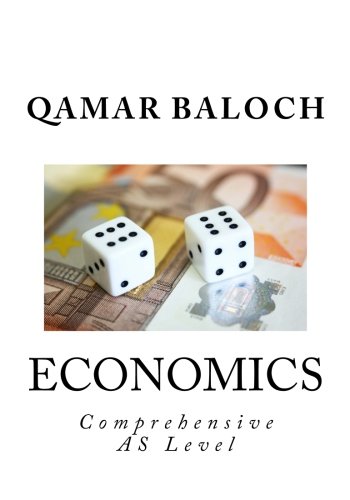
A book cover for AS Comprehensive Economics; Qamar Baloch; Business & Money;